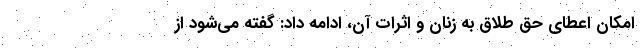
امکان اعطای حق طلاق به زنان و اثرات آن، ادامه داد: گفته می‌شود از